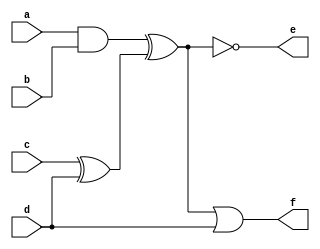
`timescale 1ns/1ns

module top_module (
	input a,
	input b,
	input c,
	input d,
	output e,
	output f );
assign e=!((a&b)^(c^d));
assign f=((a&b)^(c^d))|d;

endmodule